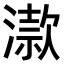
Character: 𣽟